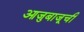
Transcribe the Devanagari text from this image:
आजुबाजूची